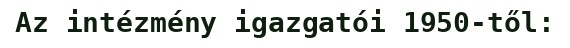
Az intézmény igazgatói 1950-től: